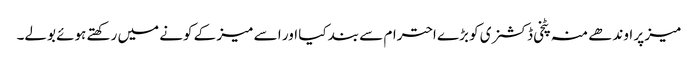
میز پر اوندھے منہ پٹخی ڈکشنری کو بڑے احترام سے بند کیا اور ا سے میز کے کونے میں رکھتے ہوئے بولے۔